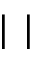
| \ |